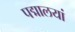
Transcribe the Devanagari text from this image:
पद्मालयां